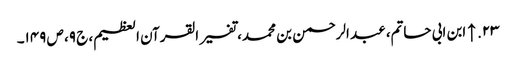
۲۳. ↑ ابن ابی حاتم، عبد الرحمن بن محمد، تفسیر القرآن العظیم، ج ۹، ص ۱۴۹۔